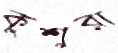
কুশুরা